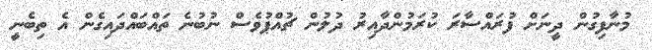
މުނާފިގުން ދީނަށް ފުރައްސާރަ ކުރަމުންދާއިރު ދުލުން ޗުއްޕުވެސް ނުބުނެ ތައްބައްދައިގެން އެ ތިބެނީ